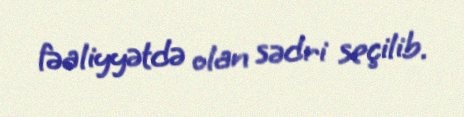
fəaliyyətdə olan sədri seçilib.